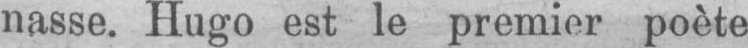
nasse. Hugo est le premier poète